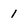
Character: 1